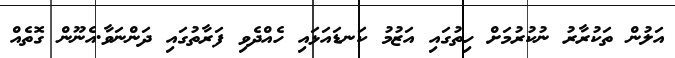
އަލުން ތަކުރާރު ނުކުރުމަށް ހިތުގައި އަޒުމު ކަނޑައަޅައި ހެއްދެވި ފަރާތުގައި ދަންނަވާ.އެނޫން ގޮތެއް